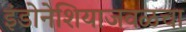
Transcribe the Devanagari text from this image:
इंडोनेशियाजवळचा